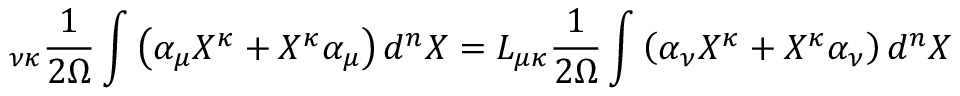
\L _ { \nu \kappa } \frac { 1 } { 2 \Omega } \int \left( \alpha _ { \mu } X ^ { \kappa } + X ^ { \kappa } \alpha _ { \mu } \right) d ^ { n } X = L _ { \mu \kappa } \frac { 1 } { 2 \Omega } \int \left( \alpha _ { \nu } X ^ { \kappa } + X ^ { \kappa } \alpha _ { \nu } \right) d ^ { n } X